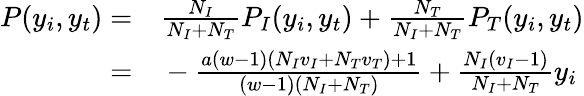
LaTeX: \begin{array}{rl}{P(y_{i},y_{t})=}&{{}\frac{N_{I}}{N_{I}+N_{T}}P_{I}(y_{i},y_{t})+\frac{N_{T}}{N_{I}+N_{T}}P_{T}(y_{i},y_{t})}\\ {=}&{{}-\frac{a(w-1)(N_{I}v_{I}+N_{T}v_{T})+1}{(w-1)(N_{I}+N_{T})}+\frac{N_{I}(v_{I}-1)}{N_{I}+N_{T}}y_{i}}\end{array}